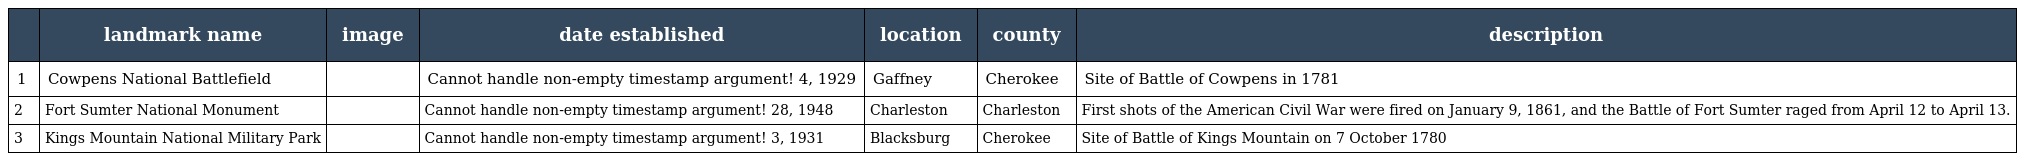
|  | landmark name | image | date established | location | county | description |
 | --- | --- | --- | --- | --- | --- | --- |
 | 1 | Cowpens National Battlefield |  | Cannot handle non-empty timestamp argument! 4, 1929 | Gaffney | Cherokee | Site of Battle of Cowpens in 1781 |
 | 2 | Fort Sumter National Monument |  | Cannot handle non-empty timestamp argument! 28, 1948 | Charleston | Charleston | First shots of the American Civil War were fired on January 9, 1861, and the Battle of Fort Sumter raged from April 12 to April 13. |
 | 3 | Kings Mountain National Military Park |  | Cannot handle non-empty timestamp argument! 3, 1931 | Blacksburg | Cherokee | Site of Battle of Kings Mountain on 7 October 1780 |